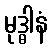
မုဒ္ဓါနံ